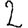
Digit: 2